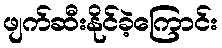
ဖျက်ဆီးနိုင်ခဲ့ကြောင်း